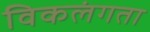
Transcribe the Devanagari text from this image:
विकलंगता